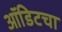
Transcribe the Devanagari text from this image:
ऑडिटचा